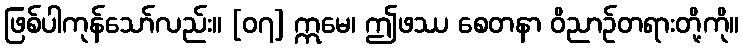
ဖြစ်ပါကုန်သော်လည်း။ [၀၇] ဣမေ၊ ဤဖဿ စေတနာ ဝိညာဉ်တရားတို့ကို။